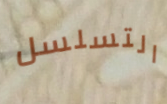
التسلسل